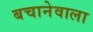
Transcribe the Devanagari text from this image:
बचानेवाला